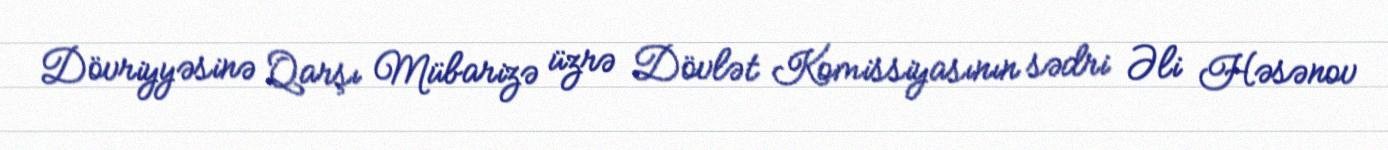
Dövriyyəsinə Qarşı Mübarizə üzrə Dövlət Komissiyasının sədri Əli Həsənov